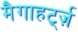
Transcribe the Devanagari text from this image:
मैगाहर्ट्ज़